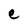
Character: e